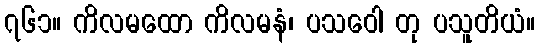
၇၆၁။ ကိလမထော ကိလမနံ၊ ပသဝေါ တု ပသူတိယံ။